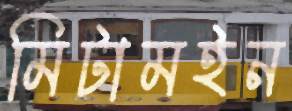
মিটামইন